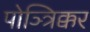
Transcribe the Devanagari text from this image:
पोञ्त्रिक्कर